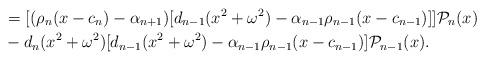
LaTeX: \begin{align*}&=[(\rho_n(x-c_n)-\alpha_{n+1})[ d_{n-1}(x^2+\omega^2)-\alpha_{n-1} \rho_{n-1} (x-c_{n-1})]] \mathcal{P}_{n}(x) \\&-d_n (x^2+\omega^2)[ d_{n-1}(x^2+\omega^2)-\alpha_{n-1} \rho_{n-1} (x-c_{n-1})] \mathcal{P}_{n-1}(x).\end{align*}